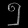
Digit: ၅